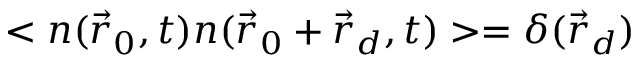
< n ( \vec { r } _ { 0 } , t ) n ( \vec { r } _ { 0 } + \vec { r } _ { d } , t ) > = \delta ( \vec { r } _ { d } )